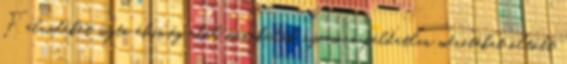
Felvidéket sújtó éhínség elől menekülők nyomora példátlan méreteket öltött